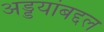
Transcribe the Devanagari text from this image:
अड्डयांबद्दल